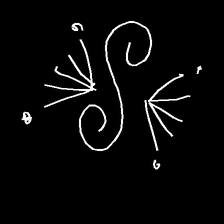
Glyph: aeroform